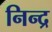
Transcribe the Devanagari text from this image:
निन्द्र